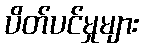
ပိတ်ပင်မှုများ